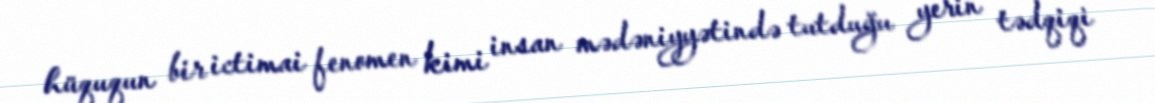
hüququn bir ictimai fenomen kimi insan mədəniyyətində tutduğu yerin tədqiqi